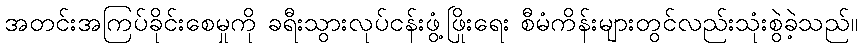
အတင်းအကြပ်ခိုင်းစေမှုကို ခရီးသွားလုပ်ငန်းဖွံ့ဖြိုးရေး စီမံကိန်းများတွင်လည်းသုံးစွဲခဲ့သည်။